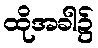
ထိုအခါ၌